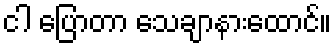
ငါ ပြောတာ သေချာနားထောင်။